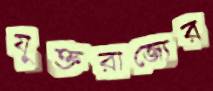
যুক্তরাজ্যের